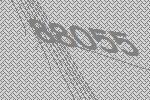
88055